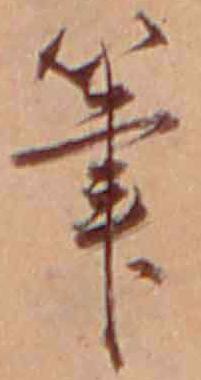
筆